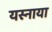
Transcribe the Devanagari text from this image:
यस्नाया